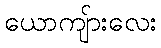
ယောကျ်ားလေး